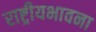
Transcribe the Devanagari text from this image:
राष्ट्रीयभावना